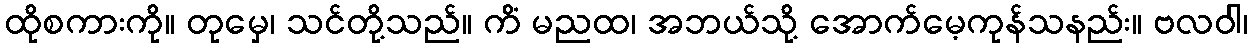
ထိုစကားကို။ တုမှေ၊ သင်တို့သည်။ ကိံ မညထ၊ အဘယ်သို့ အောက်မေ့ကုန်သနည်း။ ဗလဝါ၊